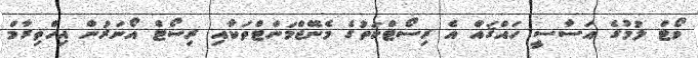
ވޯޓް ލުމުގެ އަސާސީ ހައްޤައް އެ ރިސޯޓްކަތުގެ މެނޭޖްމަންޓްތަކާއި ރިސޯޓް އޯނަރުން އިހްތިރާމް